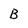
Character: B